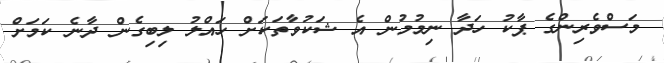
މަސްވެރިންގެ ޕާކު ހަދާ ނިމުމުން އެ ޝަކުވާތަކަށް ހައްލު ލިބިގެން ދާނެ ކަމަށް